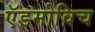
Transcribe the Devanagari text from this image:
ऍडमोविच